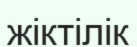
жіктілік